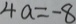
4 a = - 8